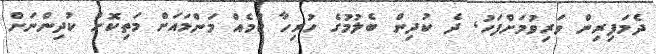
ދެމަފިރިން ވަރިވުމަށްފަހު